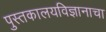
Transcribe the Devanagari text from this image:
पुस्तकालयविज्ञानाचा